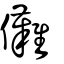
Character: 儺